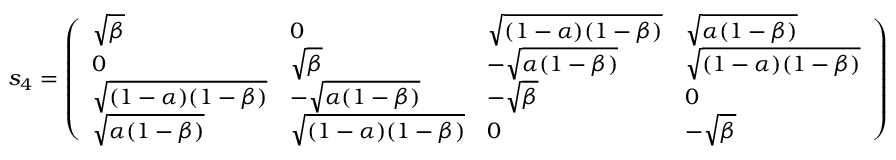
s _ { 4 } = \left( \begin{array} { l l l l } { \sqrt { \beta } } & { 0 } & { \sqrt { ( 1 - \alpha ) ( 1 - \beta ) } } & { \sqrt { \alpha ( 1 - \beta ) } } \\ { 0 } & { \sqrt { \beta } } & { - \sqrt { \alpha ( 1 - \beta ) } } & { \sqrt { ( 1 - \alpha ) ( 1 - \beta ) } } \\ { \sqrt { ( 1 - \alpha ) ( 1 - \beta ) } } & { - \sqrt { \alpha ( 1 - \beta ) } } & { - \sqrt { \beta } } & { 0 } \\ { \sqrt { \alpha ( 1 - \beta ) } } & { \sqrt { ( 1 - \alpha ) ( 1 - \beta ) } } & { 0 } & { - \sqrt { \beta } } \end{array} \right)